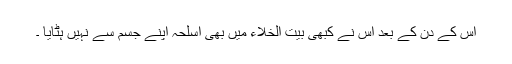
اس کے دن کے بعد اس نے کبھی بیت الخلاء میں بھی اسلحہ اپنے جسم سے نہیں ہٹایا ۔